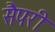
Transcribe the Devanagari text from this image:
सैपरी